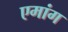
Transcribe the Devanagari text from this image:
एमांग